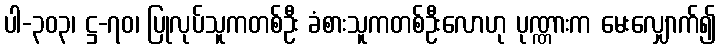
ပါ-၃၀၃၊ ဋ္ဌ-၇၀၊ ပြုလုပ်သူကတစ်ဦး ခံစားသူကတစ်ဦးလောဟု ပုဏ္ဏားက မေးလျှောက်၍